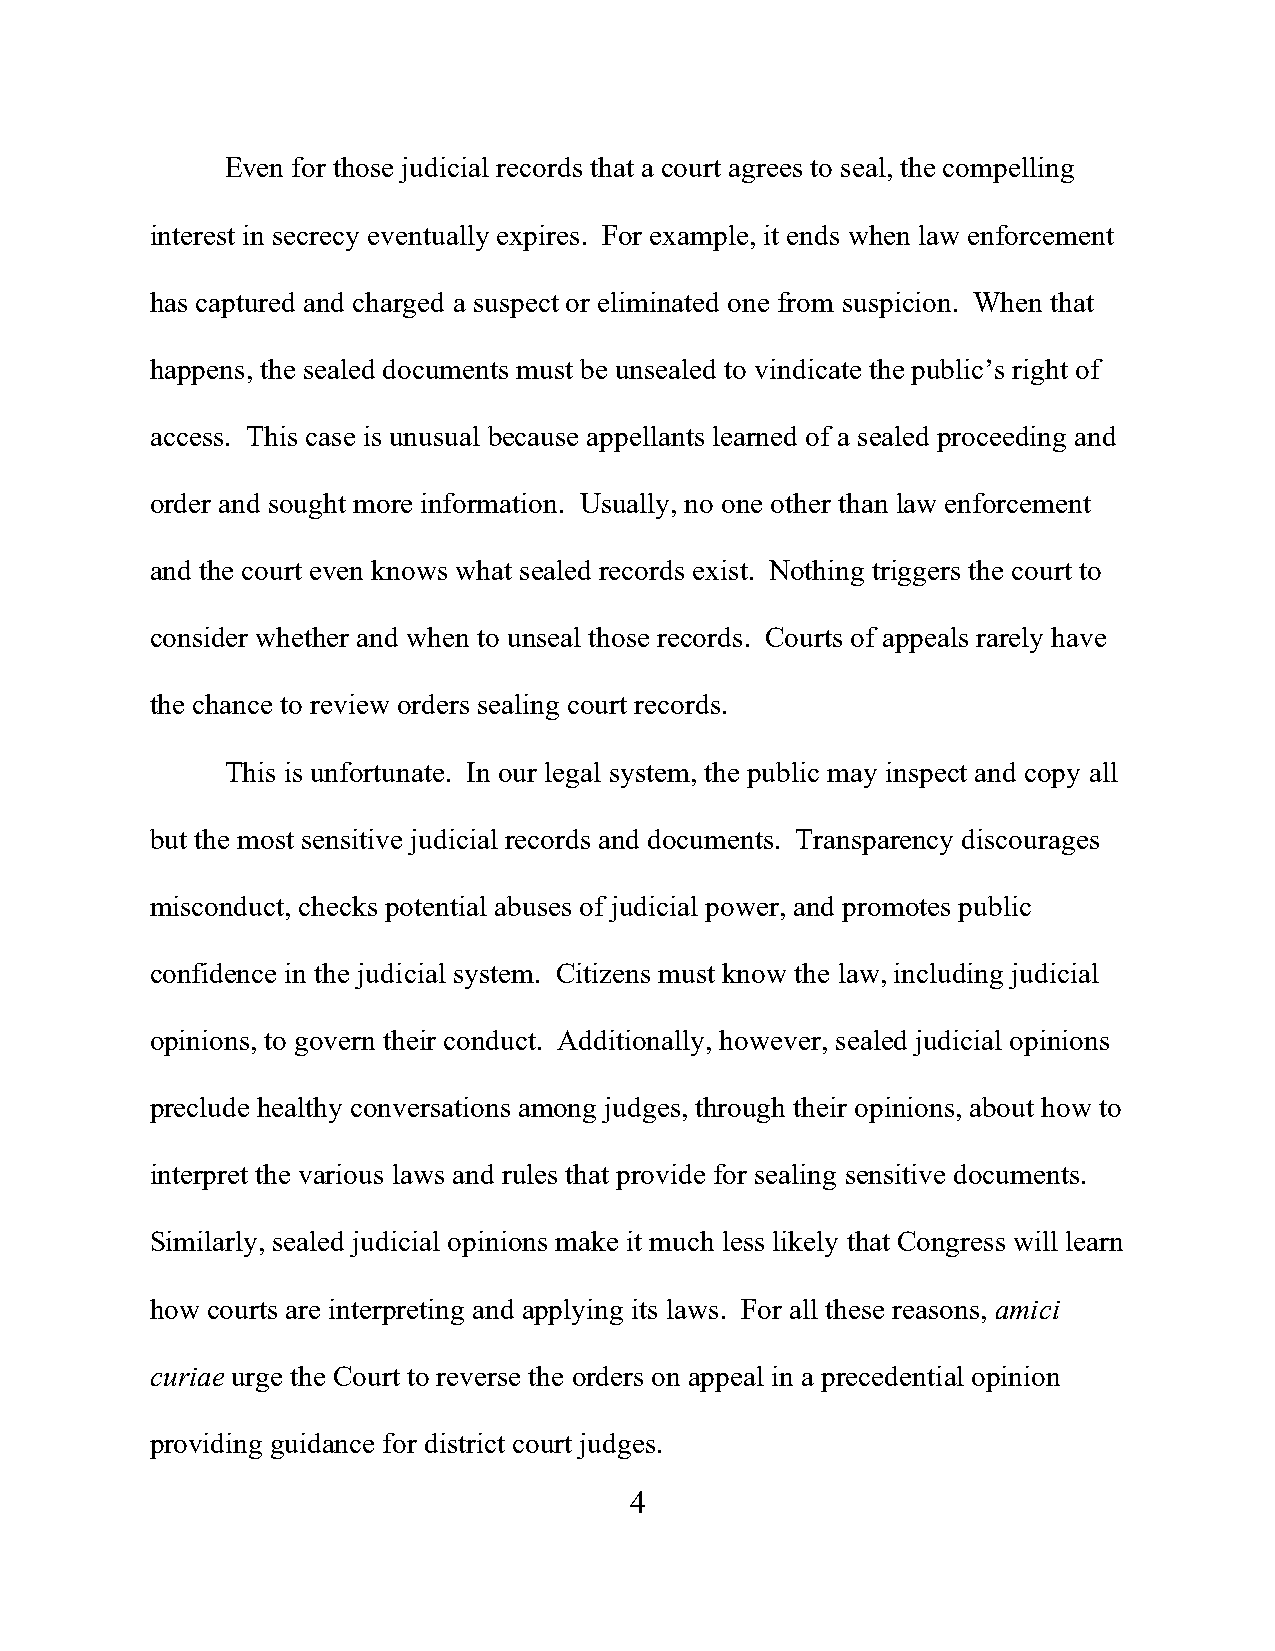
Even for those judicial records that a court agrees to seal, the compelling
 interest in secrecy eventually expires. For example, it ends when law enforcement
 has captured and charged a suspect or eliminated one from suspicion. When that
 happens, the sealed documents must be unsealed to vindicate the public’s right of
 access. This case is unusual because appellants learned of a sealed proceeding and
 order and sought more information. Usually, no one other than law enforcement
 and the court even knows what sealed records exist. Nothing triggers the court to
 consider whether and when to unseal those records. Courts of appeals rarely have
 the chance to review orders sealing court records.
 This is unfortunate. In our legal system, the public may inspect and copy all
 but the most sensitive judicial records and documents. Transparency discourages
 misconduct, checks potential abuses of judicial power, and promotes public
 confidence in the judicial system. Citizens must know the law, including judicial
 opinions, to govern their conduct. Additionally, however, sealed judicial opinions
 preclude healthy conversations among judges, through their opinions, about how to
 interpret the various laws and rules that provide for sealing sensitive documents.
 Similarly, sealed judicial opinions make it much less likely that Congress will learn
 how courts are interpreting and applying its laws. For all these reasons, amici
 curiae urge the Court to reverse the orders on appeal in a precedential opinion
 providing guidance for district court judges.
 4